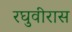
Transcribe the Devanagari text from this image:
रघुवीरास